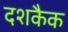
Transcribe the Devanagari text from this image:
दशकैक